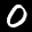
Label: 0